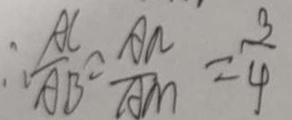
\therefore \frac { A C } { A B } = \frac { A N } { A M } = \frac { 3 } { 4 }